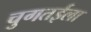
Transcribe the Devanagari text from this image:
चुगतईला